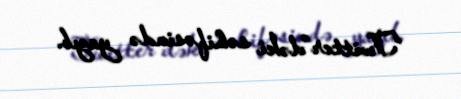
“Twitter”dəki səhifəsində yazıb.